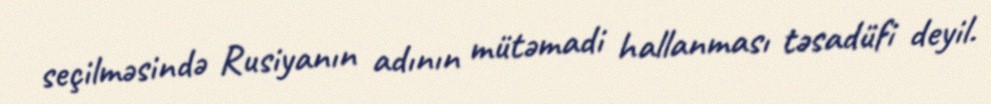
seçilməsində Rusiyanın adının mütəmadi hallanması təsadüfi deyil.